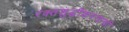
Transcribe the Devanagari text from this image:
रक्तशुद्धीकरणाची